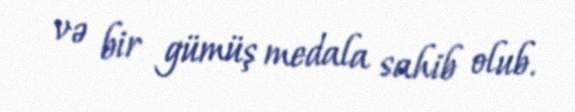
və bir gümüş medala sahib olub.